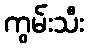
ကွမ်းသီး